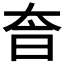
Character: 𡘐